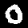
Digit: 0